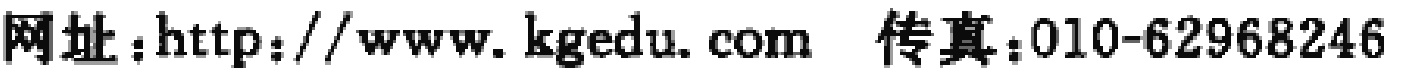
网址：http://www.kgedu.com  传真：010-62968246